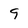
Character: 9